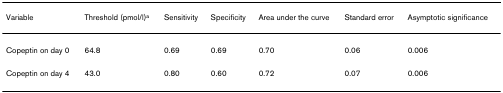
<table><thead><tr><td><b>Variable</b></td><td><b>Threshold (pmol/l)<sup>a</sup></b></td><td><b>Sensitivity</b></td><td><b>Specificity</b></td><td><b>Area under the curve</b></td><td><b>Standard error</b></td><td><b>Asymptotic significance</b></td></tr></thead><tbody><tr><td>Copeptin on day 0</td><td>64.8</td><td>0.69</td><td>0.69</td><td>0.70</td><td>0.06</td><td>0.006</td></tr><tr><td>Copeptin on day 4</td><td>43.0</td><td>0.80</td><td>0.60</td><td>0.72</td><td>0.07</td><td>0.006</td></tr></tbody></table>